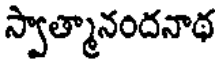
స్వాత్మానందనాథ